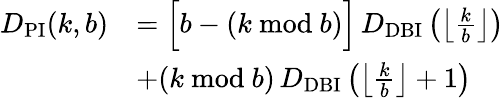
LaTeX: \begin{array}{rl}{D_{\mathrm{PI}}(k,b)}&{=\Big[b-(k~\mathrm{mod}~b)\Big]\, D_{\mathrm{DBI}}\left(\left\lfloor\frac{k}{b}\right\rfloor\right)}\\ &{+(k~\mathrm{mod}~b)\, D_{\mathrm{DBI}}\left(\left\lfloor\frac{k}{b}\right\rfloor+1\right)}\end{array}